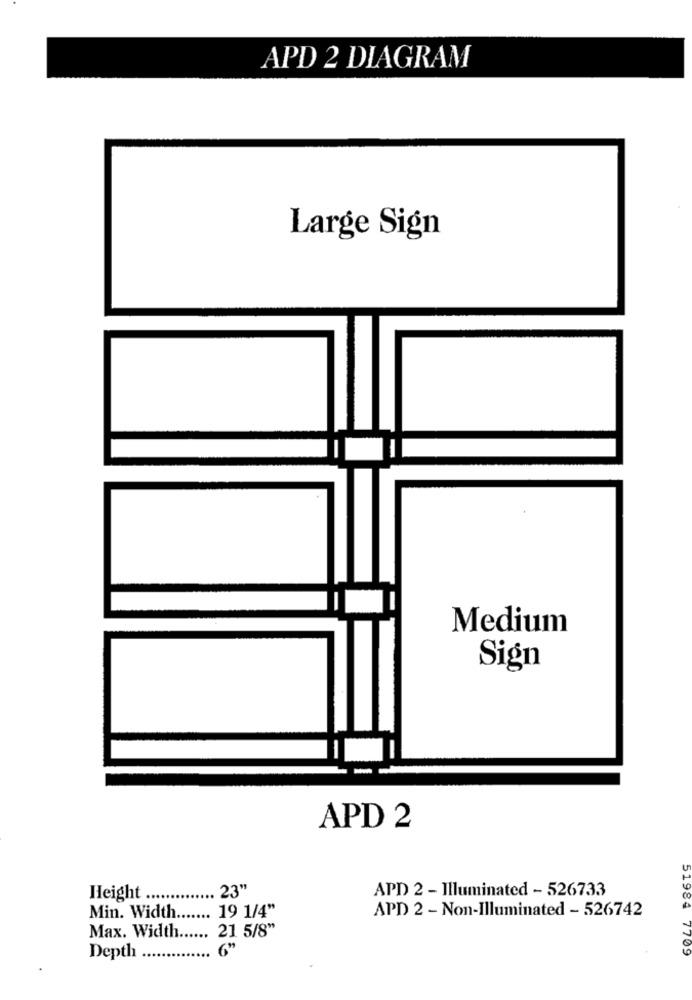
APD 2 DIAGRAM
Large Sign
Medium
Sign
APD 2
23"
APD 2 - Illuminated - 526733
Height .
19 1/4"
APD 2 - Non-Illuminated - 526742
51984
Min. Width
Max. Width
21 5/8"
6"
7709
Depth